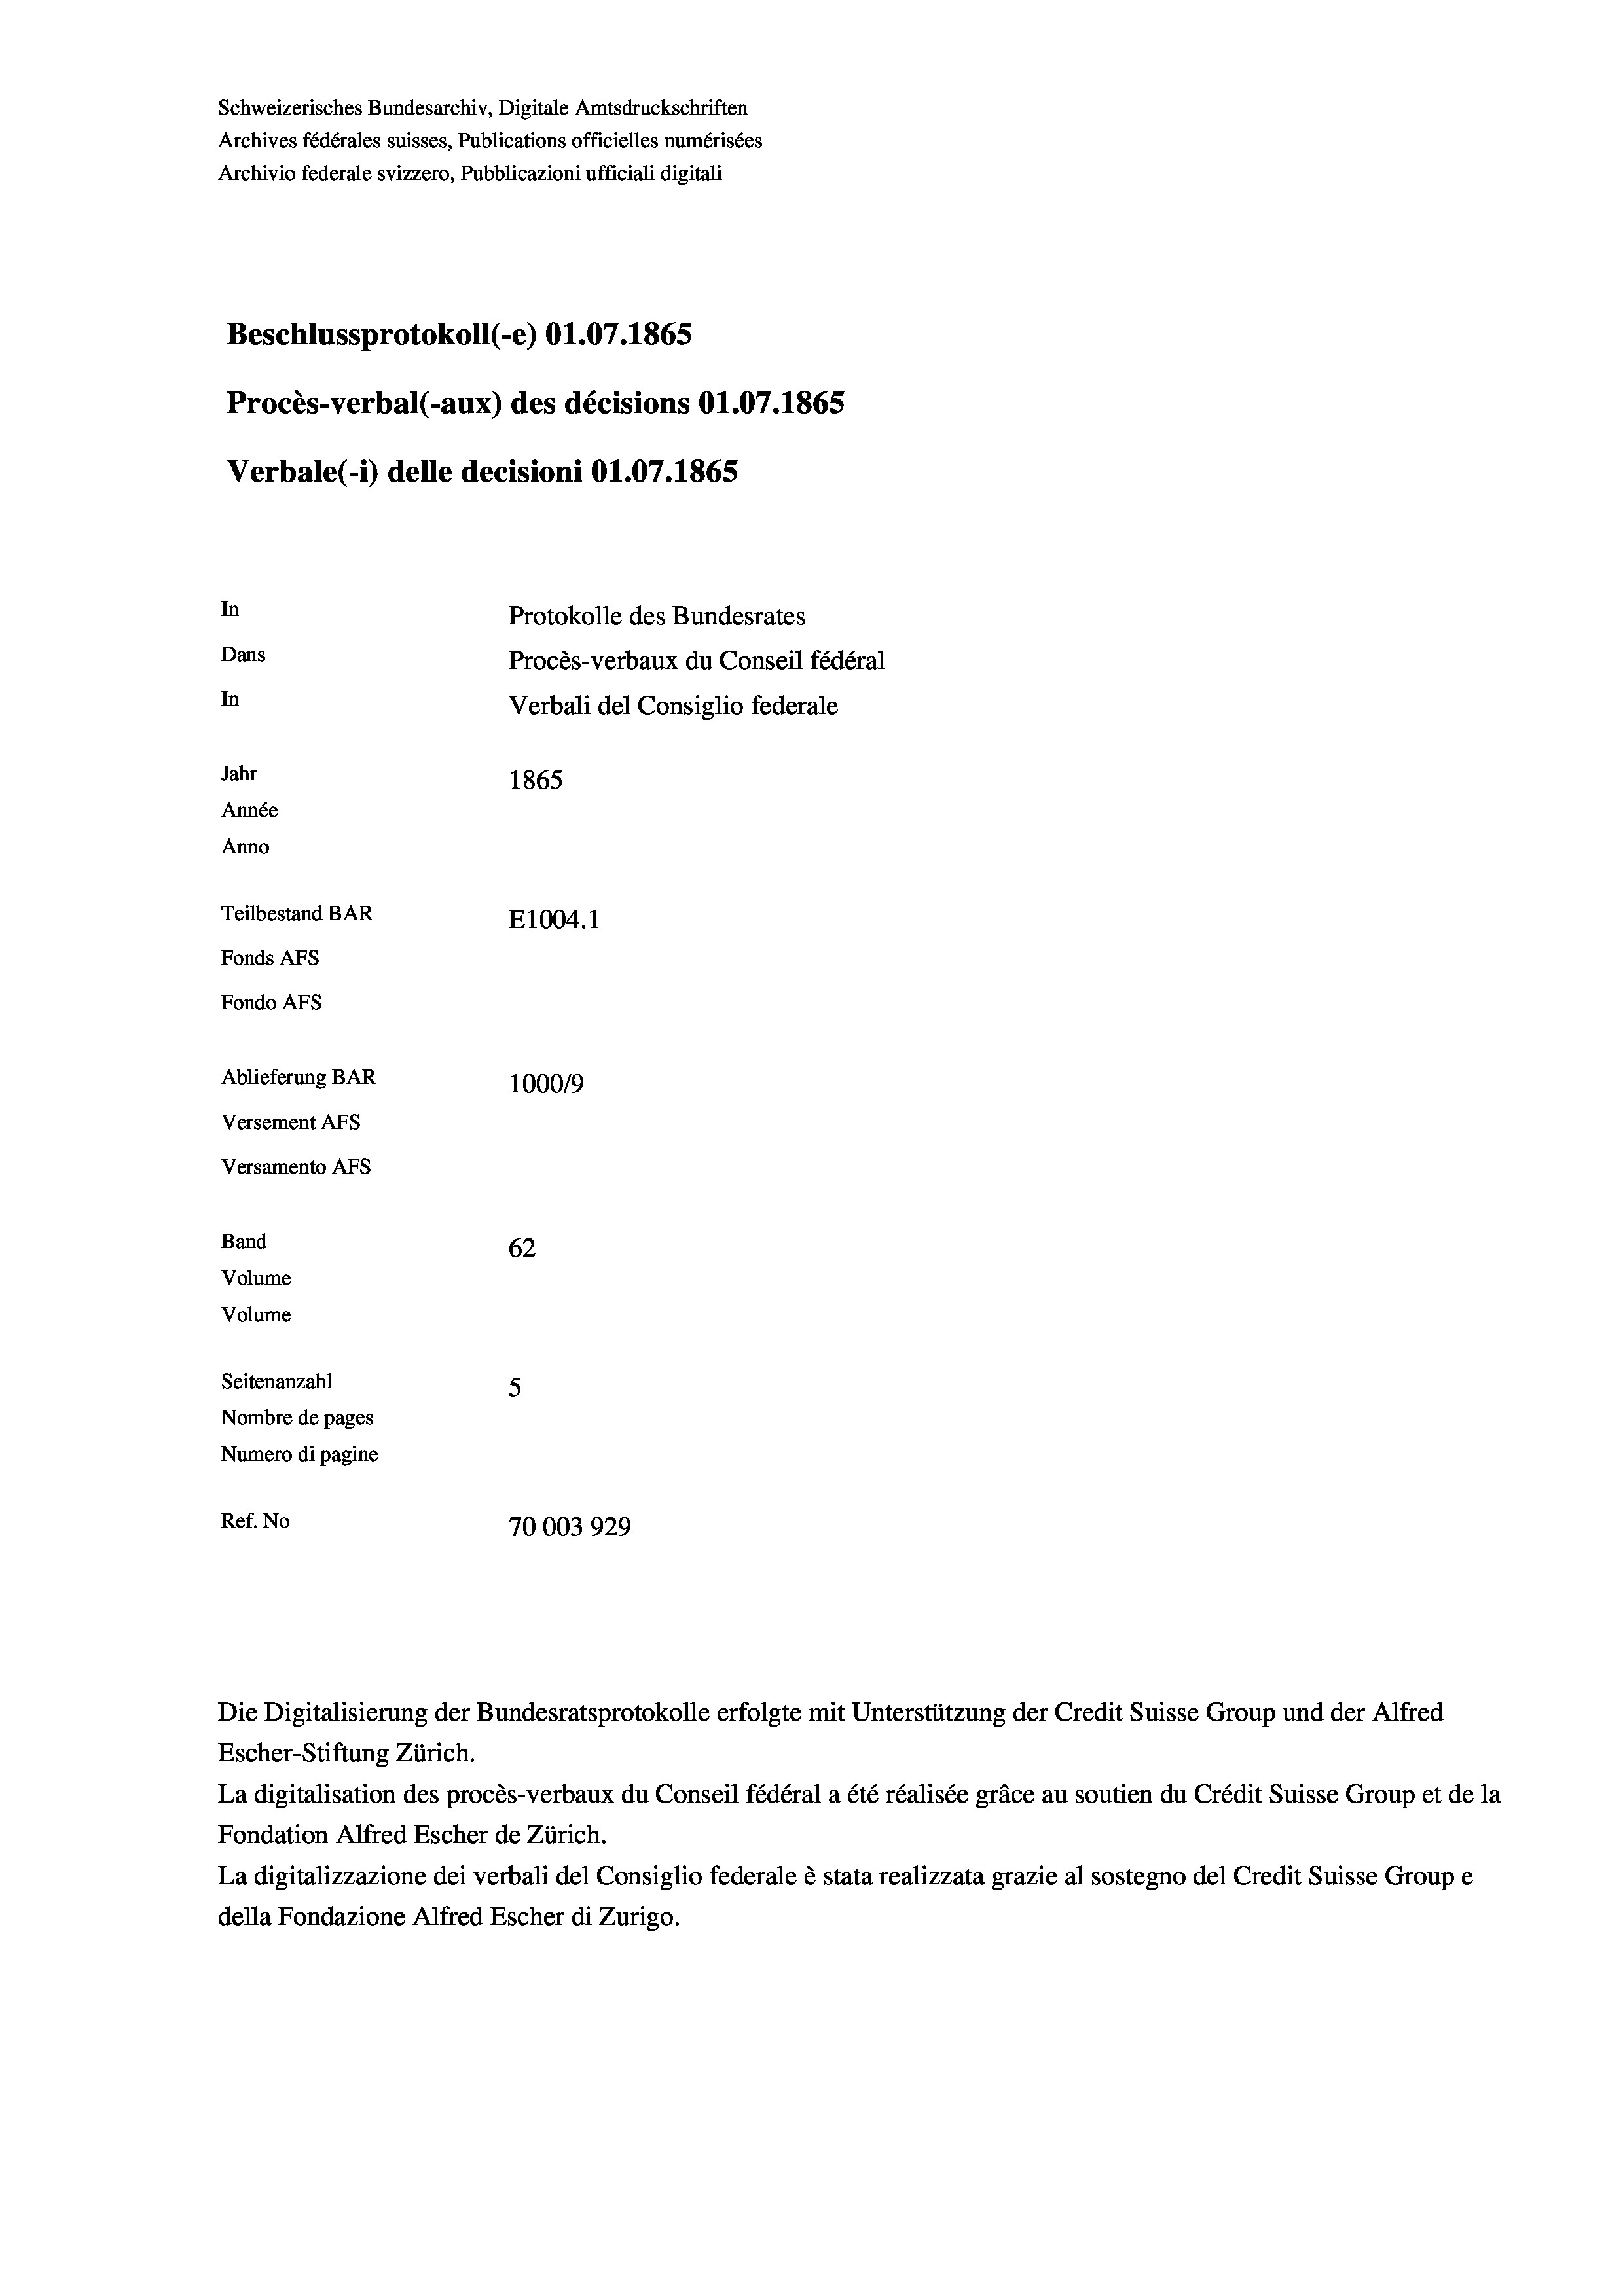
Schweizerisches Bundesarchiv, Digitale Amtsdruckschriften
Archives fédérales suisses, Publications officielles numérisées
Archivio federale svizzero, Pubblicazioni ufficiali digitali
Beschlussprotokoll (-e) 01.07. 1865
Procès-verbal (-aux) des décisions 01.07.1865
Verbale (1) delle decisioni 01.07. 1865
In
Protokolle des Bundesrates
Dans
Procès-verbaux du Conseil fédéral
In
Verbali del Consiglio federale
Jahr
1865
Année
Anno
Teilbestand BAR
E1004.1
Fonds Afs
Fondo AFS
Ablieferung BAR
100019
Versement Abs
Versamento Afs
Band
62
Volume
Volume
Seitenanzahl
5
Nombre de pages
Numero di pagine
Ref. No
70003929

La digitalisation des procès-verbaux du Conseil fédéral a été réalisée gräce au soutien du Crédit Suisse Group et de la
Fondation Alfred Escher de Zürich.
La digitalizzazione dei verbali del Consiglio federale è stata realizzata grazie al sostegno del Credit Suisse Groupe
della Fondazione Alfred Escher di Zurigo.

Die Digitalisierung der Bundesratsprotokolle erfolgte mit Unterstützung der Credit Suisse Group und der Alfred
Escher-Stiftung Zürich.